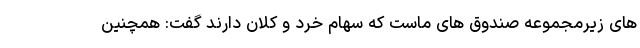
های زیرمجموعه صندوق های ماست که سهام خرد و کلان دارند گفت: همچنین